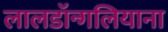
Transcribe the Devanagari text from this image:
लालडॉन्गलियाना